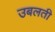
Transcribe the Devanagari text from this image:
उबलती